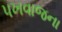
પખવાજના